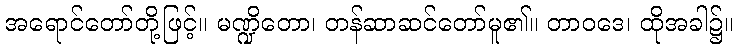
အရောင်တော်တို့ဖြင့်။ မဏ္ဍိတော၊ တန်ဆာဆင်တော်မူ၏။ တာဝဒေ၊ ထိုအခါ၌။